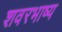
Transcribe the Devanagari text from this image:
शवरभाष्य